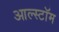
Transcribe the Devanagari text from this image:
आल्स्टॉम